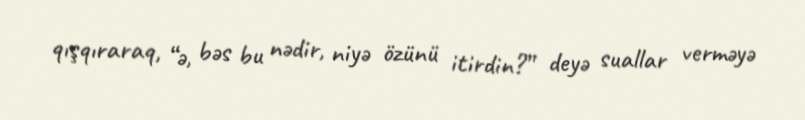
qışqıraraq, “ə, bəs bu nədir, niyə özünü itirdin?” deyə suallar verməyə